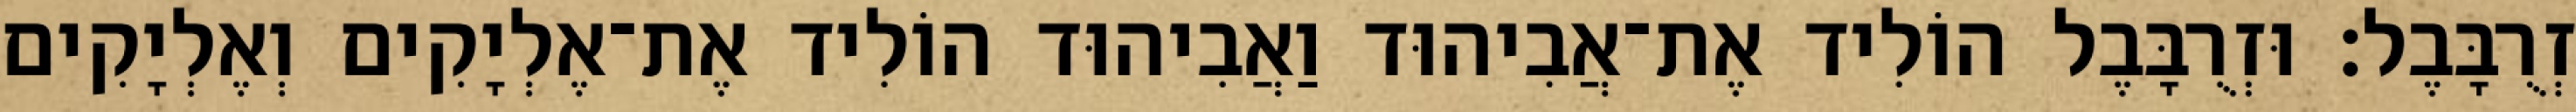
זְרֻבָּבֶל׃ וּזְרֻבָּבֶל הוֹלִיד אֶת־אֲבִיהוּד וַאֲבִיהוּד הוֹלִיד אֶת־אֶלְיָקִים וְאֶלְיָקִים